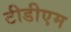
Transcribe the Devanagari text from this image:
टीडीएम